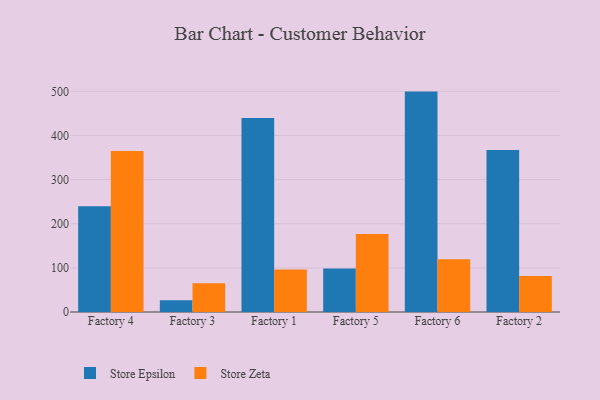
{"axis": {"x": "Factory", "y": "Page Views"}, "legend": ["Store Epsilon", "Store Zeta"], "data": [{"x": "Factory 4", "y": 239.7, "type": "Store Epsilon"}, {"x": "Factory 4", "y": 365.1, "type": "Store Zeta"}, {"x": "Factory 3", "y": 26.6, "type": "Store Epsilon"}, {"x": "Factory 3", "y": 65.0, "type": "Store Zeta"}, {"x": "Factory 1", "y": 439.7, "type": "Store Epsilon"}, {"x": "Factory 1", "y": 96.5, "type": "Store Zeta"}, {"x": "Factory 5", "y": 98.6, "type": "Store Epsilon"}, {"x": "Factory 5", "y": 176.7, "type": "Store Zeta"}, {"x": "Factory 6", "y": 499.6, "type": "Store Epsilon"}, {"x": "Factory 6", "y": 119.5, "type": "Store Zeta"}, {"x": "Factory 2", "y": 367.3, "type": "Store Epsilon"}, {"x": "Factory 2", "y": 81.8, "type": "Store Zeta"}]}